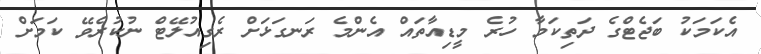
އެކަމަކު ބަޖެޓްގެ ދަތިކަމާ ހުރެ މީޑިއާތައް އެންމެ ރަނގަޅަށް ރެގިއުލޭޓް ނުކުރެވޭ ކަމަށް